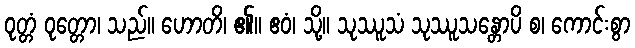
ဝုတ္တံ ဝုတ္တော၊ သည်။ ဟောတိ၊ ၏။ ဧဝံ၊ သို့။ သုဿူသံ သုဿူသန္တောပိ စ၊ ကောင်းစွာ